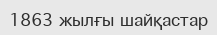
1863 жылғы шайқастар